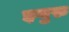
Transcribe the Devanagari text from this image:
इगुरु